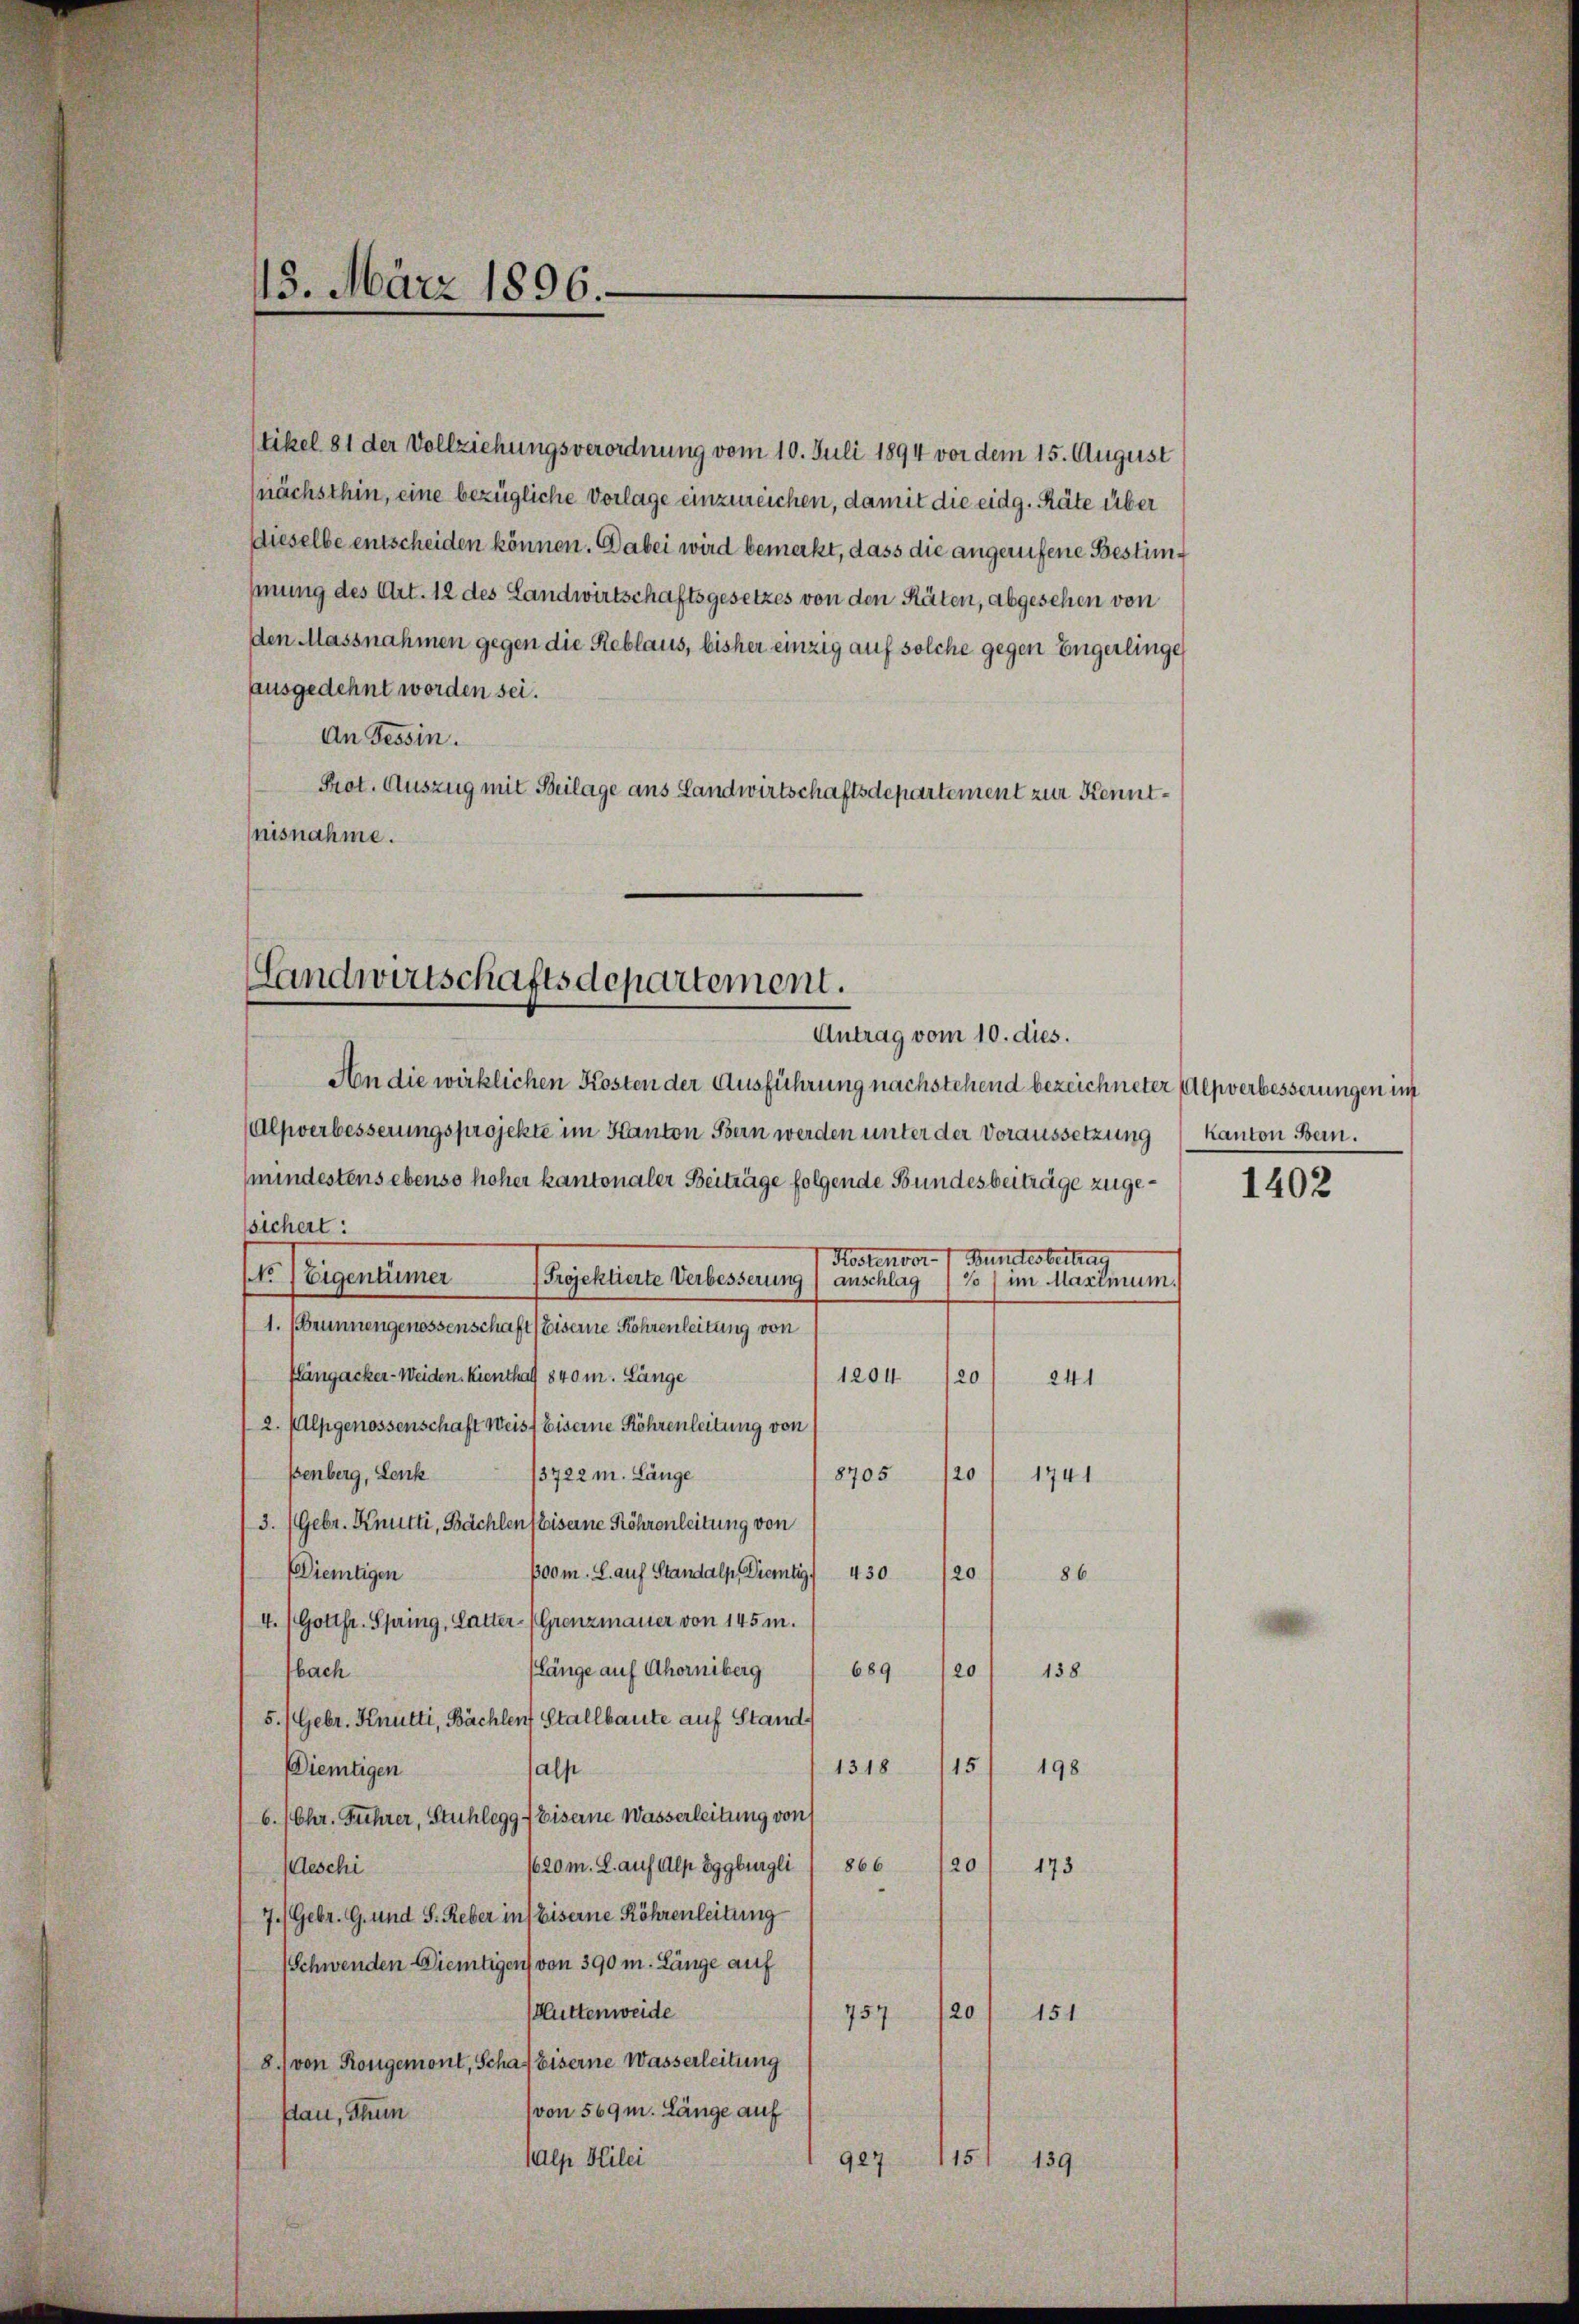
tikel 81 der Vollziehungsverordnung vom 10. Juli 1894 vor dem 15. August
(nächsthin, eine bezügliche Vorlage einzureichen, damit die eidg. Räte über
dieselbe entscheiden können. Dabei wird bemerkt, dass die angerufene Bestimhmung des Art. 12 des Landwirtschaftsgesetzes von den Räten, abgesehen von
den Massnahmen gegen die Reblaus, bisher einzig auf solche gegen Engerlinge
ausgedehnt worden sei.
An Tessin.
Prot. Auszug mit Beilage ans Landwirtschaftsdepartement zur Kenntnisnahme.

13. März 1896.

Landwirtschaftsdepartement.
Antrag vom 10. dies.

An die wirklichen Kosten der Ausführung nachstehend bezeichneter Alpverbesserungen im
Alpverbesserungsprojekte im Kanton Bern werden unter der Voraussetzung kanton Bein.
mindestens ebenso hoher kantonaler Beiträge folgende Bundesbeiträge zugesichert:
Bundesbeitra
Kostenvor-
 eigentümer
anschlag
Projektierte Verbesserung
% (im Maximum.
1. (Brunnengenossenschaft (Giseine Röhrenleitung von
flängacker-Weiden. Kienthalf 840 m. Länge
1204
20
241
2. Alpgenossenschaft Weisf Eiserne Röhrenleitung von
ßenberg, Lenk 13722 m. Länge
8705
20
1741
3. Gebr. Knütti, Bächlen fleiseine Röhrenleitung von
poom. S. auf Standalp. Dietig 430
Diemtigen
20
86
4./ Gottfr. Spring, Latter- (Grenzmauer von 145 m.
länge auf Ahorniberg
689
138
20
bach
5.) Gebr. Knütti, Bächlen Stallbaute auf Stand-
15
1318
198
DDiemtigen
alp
6. (Chr. Fiehrer, Stuhlegg f Eiserne Wasserleitung von
120
1620 m. L. auf Alp Eggburgli 1866
Aeschi
173
7.) Gebr. G. und S. Reber in Eiserne Röhrenleitung
(Schwenden Diemtigen von 390 m. Länge auf
(Hüttenweide
151
757120
8.) von Rongemont, Schaf Eiserne Wasserleitung
(von 569 m. Länge auf
slau, Thun
salp Hilei
115)
927
139

1402